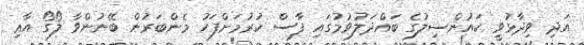
އަދި ވިދާޅުވީ ކައުންސިލުގެ ބައްދަލުވުމުގައި ފާސް ކުރުމަށްފަހު މެންބަރުން ބޭނުންވާ ލޯގޯ އާޢި